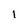
Character: I